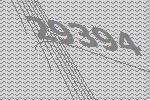
29394